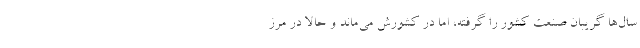
سال‌ها گریبان صنعت کشور را گرفته، اما در کشورش می‌ماند و حالا در مرز